Leaving Certificate Examination (including Day School Certificate (Higher) General paper), 1933
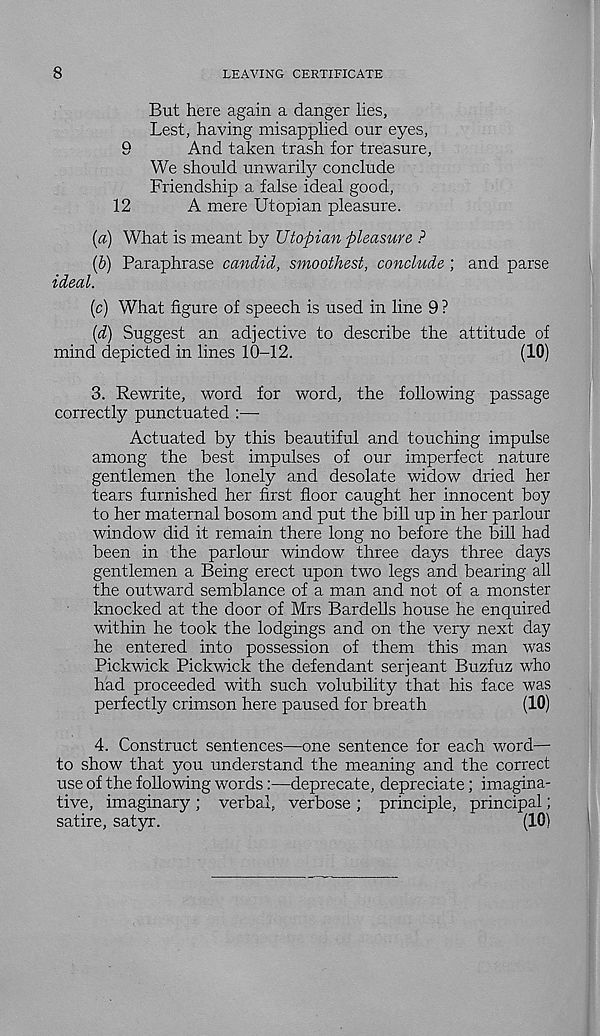
8
LEAVING CERTIFICATE
But here again a danger lies,
Lest, having misapplied our eyes,
9
And taken trash for treasure,
We should unwarily conclude
Friendship a false ideal good,
12
A mere Utopian pleasure.
(a) What is meant by Utopian pleasure ?
(b) Paraphrase candid, smoothest, conclude ; and parse
ideal.
(c) What figure of speech is used in line 9 ?
(d) Suggest an adjective to describe the attitude of
mind depicted in lines 10-12.
(10)
3. Rewrite, word for word, the following passage
correctly punctuated :—
Actuated by this beautiful and touching impulse
among the best impulses of our imperfect nature
gentlemen the lonely and desolate widow dried her
tears furnished her first floor caught her innocent boy
to her maternal bosom and put the bill up in her parlour
window did it remain there long no before the bill had
been in the parlour window three days three days
gentlemen a Being erect upon two legs and bearing all
the outward semblance of a man and not of a monster
knocked at the door of Mrs Bardells house he enquired
within he took the lodgings and on the very next day
he entered into possession of them this man was
Pickwick Pickwick the defendant serjeant Buzfuz who
had proceeded with such volubility that his face was
perfectly crimson here paused for breath
(10)
4. Construct sentences—one sentence for each word—
to show that you understand the meaning and the correct
use of the following words:—deprecate, depreciate; imagina-
tive, imaginary ; verbal, verbose ; principle, principal;
satire, satyr.
(10)